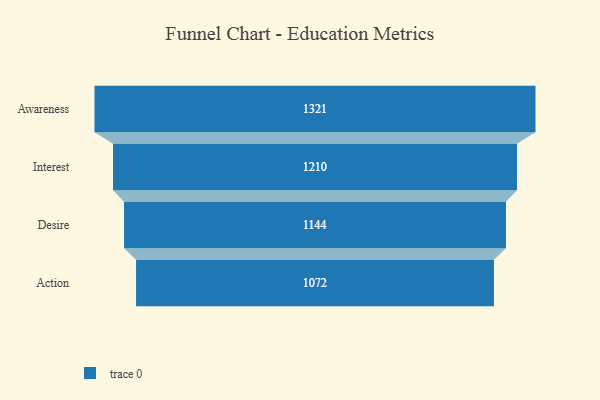
{"axis": {"x": "Stage", "y": "Value"}, "legend": [""], "data": [{"x": "Awareness", "y": 1321.0, "type": ""}, {"x": "Interest", "y": 1210.0, "type": ""}, {"x": "Desire", "y": 1144.0, "type": ""}, {"x": "Action", "y": 1072.0, "type": ""}]}